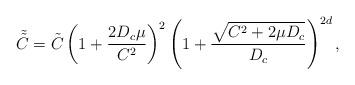
LaTeX: \begin{align*}\tilde{\tilde C} = \tilde C \left( 1 + \frac{2D_c \mu}{C^2}\right)^{2} \left( 1 + \frac{\sqrt{C^2+2\mu D_c}}{D_c}\right)^{2d},\end{align*}